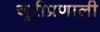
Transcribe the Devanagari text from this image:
जूरीप्रणाली